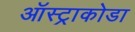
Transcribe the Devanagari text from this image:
ऑस्ट्राकोडा